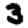
Digit: 3